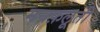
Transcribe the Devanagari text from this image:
मनफ़लूती